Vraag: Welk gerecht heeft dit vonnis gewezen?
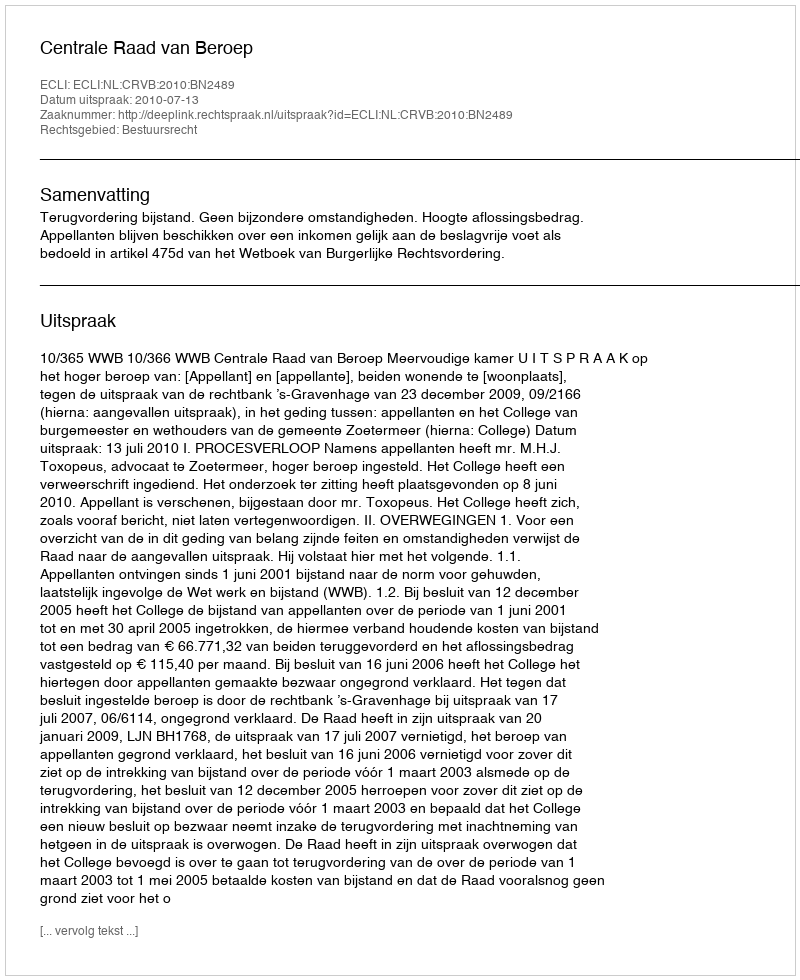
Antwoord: Centrale Raad van Beroep